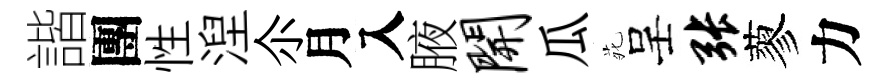
諧團性湼尒月入腋开瓜𫟍呈张蓼力